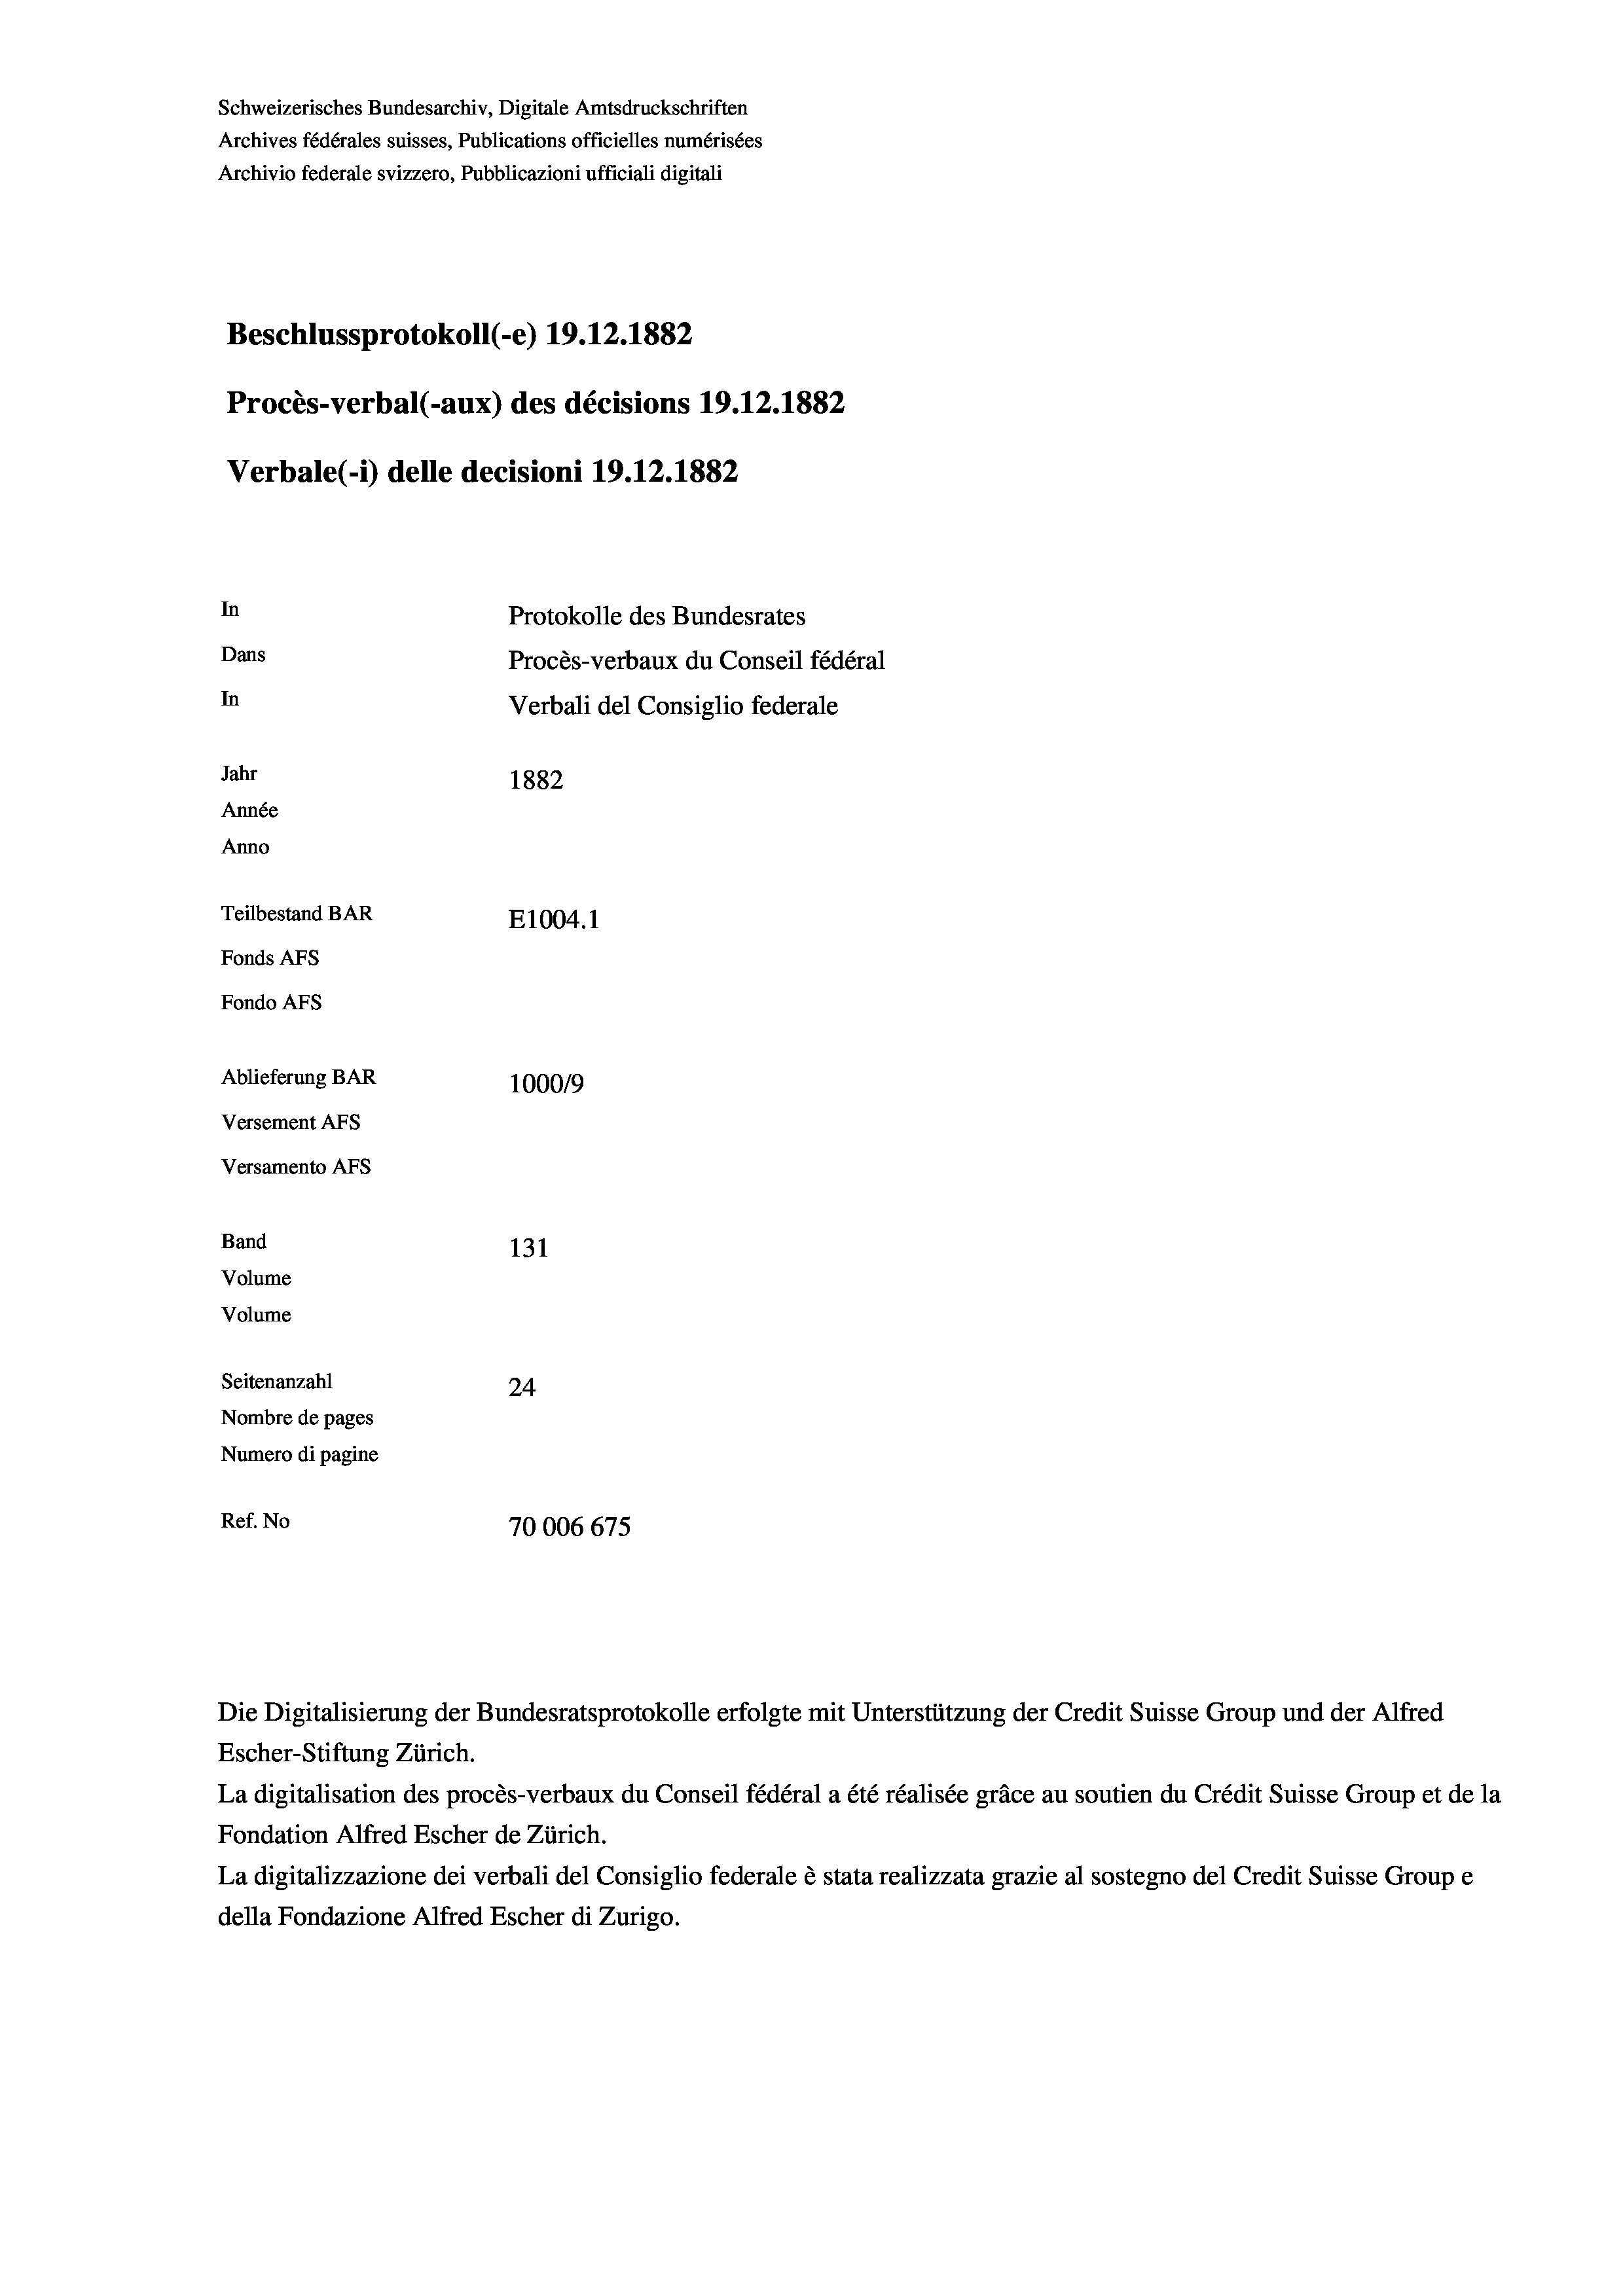
Schweizerisches Bundesarchiv, Digitale Amtsdruckschriften
Archives fédérales suisses, Publications officielles numérisées
Archivio federale svizzero, Pubblicazioni ufficiali digitali
Beschlussprotokoll (e) 19. 12. 1882
Procès-verbal (-aux) des décisions 19.12.1882
Verbale(*) delle decisioni 19.12.1882
In
Protokolle des Bundesrates
Dans
Procès-verbaux du Conseil fédéral
In
Verbali del Consiglio federale
Jahr
1882
Année
Anno
Teilbestand BAR
E1004.1
Fonds Afs
Fondo AFs
Ablieferung BAR
1000/9
Versement Abs
Versamento AFs
Band
131

Seitenanzahl
24
Nombre de pages
Numero di pagine
Ref. No
70006 675

Volume
Volume

Die Digitalisierung der Bundesratsprotokolle erfolgte mit Unterstützung der Credit Suisse Group und der Alfred
Escher-Stiftung Zürich.
La digitalisation des procès-verbaux du Conseil fédéral a été réalisée gräce au soutien du Crédit Suisse Group et de la
Fondation Alfred Escher de Zürich.
La digitalizzazione dei verbali del Consiglio federale è stata realizzata grazie al sostegno del Credit Suisse Groupe
della Fondazione Alfred Escher di Zurigo.